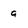
Character: 9